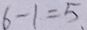
6 - 1 = 5 .